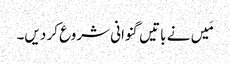
مَیں نے باتیں گنوانی شروع کر دیں۔